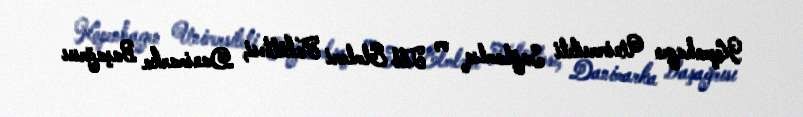
Kopenhagen Universiteti Sağlamlıq və Tibb Elmləri Fakültəsi, Danimarka Başağrısı